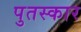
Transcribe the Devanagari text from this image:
पुतस्कार